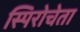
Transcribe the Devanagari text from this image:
स्पिरोचेता